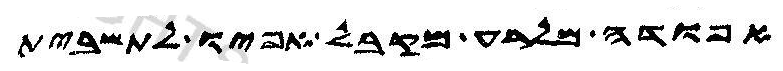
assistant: אפודה מלרע מקבל אפיו לתשבית